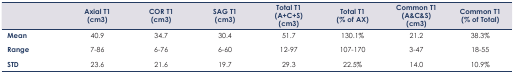
|  | Axial T1 (cm3) | COR T1 (cm3) | SAG T1 (cm3) | Total T1 (A+C+S) (cm3) | Total T1 (% of AX) | Common T1 (A&C&S) (cm3) | Common T1 (% of Total) |
 | --- | --- | --- | --- | --- | --- | --- | --- |
 | Mean | 40.9 | 34.7 | 30.4 | 51.7 | 130.1% | 21.2 | 38.3% |
 | Range | 7–86 | 6–76 | 6–60 | 12–97 | 107–170 | 3–47 | 18–55 |
 | STD | 23.6 | 21.6 | 19.7 | 29.3 | 22.5% | 14.0 | 10.9% |